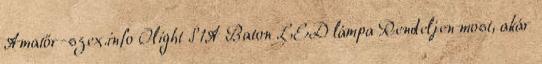
Amatőr-szex.info Olight S1A Baton LED lámpa Rendeljen most, akár